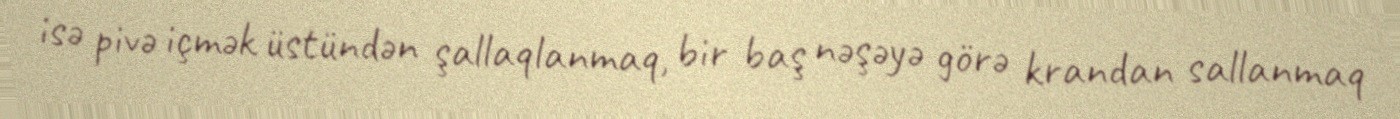
isə pivə içmək üstündən şallaqlanmaq, bir baş nəşəyə görə krandan sallanmaq